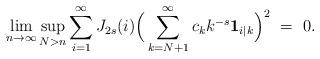
LaTeX: \begin{align*} \lim_{n\to \infty}\sup_{N>n} \sum_ {i=1}^\infty J_{2s}(i)\Big( \sum_{k =N+1}^\infty c_k k^{-s} {\bf1}_{i|k} \Big)^2 \ =\ 0. \end{align*}